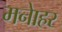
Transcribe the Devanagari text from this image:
मनाेहर